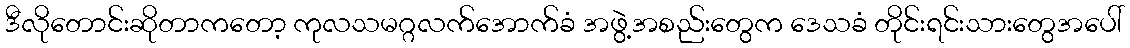
ဒီလိုတောင်းဆိုတာကတော့ ကုလသမဂ္ဂလက်အောက်ခံ အဖွဲ့အစည်းတွေက ဒေသခံ တိုင်းရင်းသားတွေအပေါ်